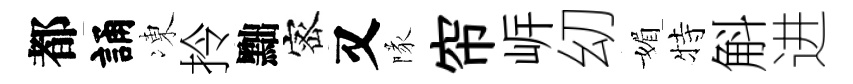
都誦凍拎黜宻又隊帘㟁㓜媚特斛进